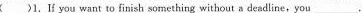
( )1.If you want to finish something without a deadline,you___.